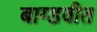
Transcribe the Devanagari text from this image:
बाग्डवीत